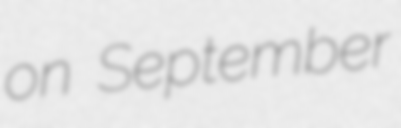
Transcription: on September